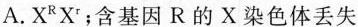
A.X^{R}X^{r}；含基因R的X染色体丢失